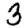
Digit: 3